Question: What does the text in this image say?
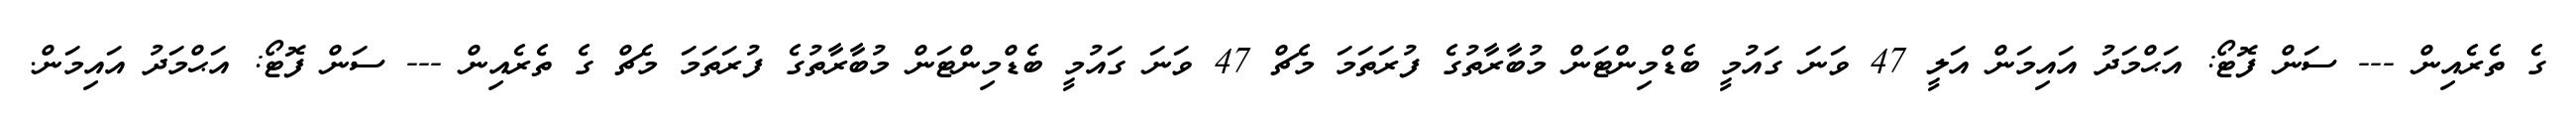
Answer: ގެ ތެރެއިން --- ސަން ފޮޓޯ: އަޙްމަދު އައިމަން އަލީ 47 ވަނަ ގައުމީ ބެޑްމިންޓަން މުބާރާތުގެ ފުރަތަމަ މެޗް 47 ވަނަ ގައުމީ ބެޑްމިންޓަން މުބާރާތުގެ ފުރަތަމަ މެޗް ގެ ތެރެއިން --- ސަން ފޮޓޯ: އަޙްމަދު އައިމަން.